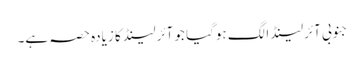
جنوبی آئرلینڈ الگ ہوگیا جو آئرلینڈ کا زیادہ حصہ ہے۔